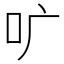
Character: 𫩕